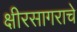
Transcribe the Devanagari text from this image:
क्षीरसागराचे